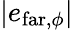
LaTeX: \left|e_{\mathrm{far},\phi}\right|